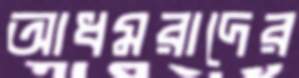
আধমরাদের